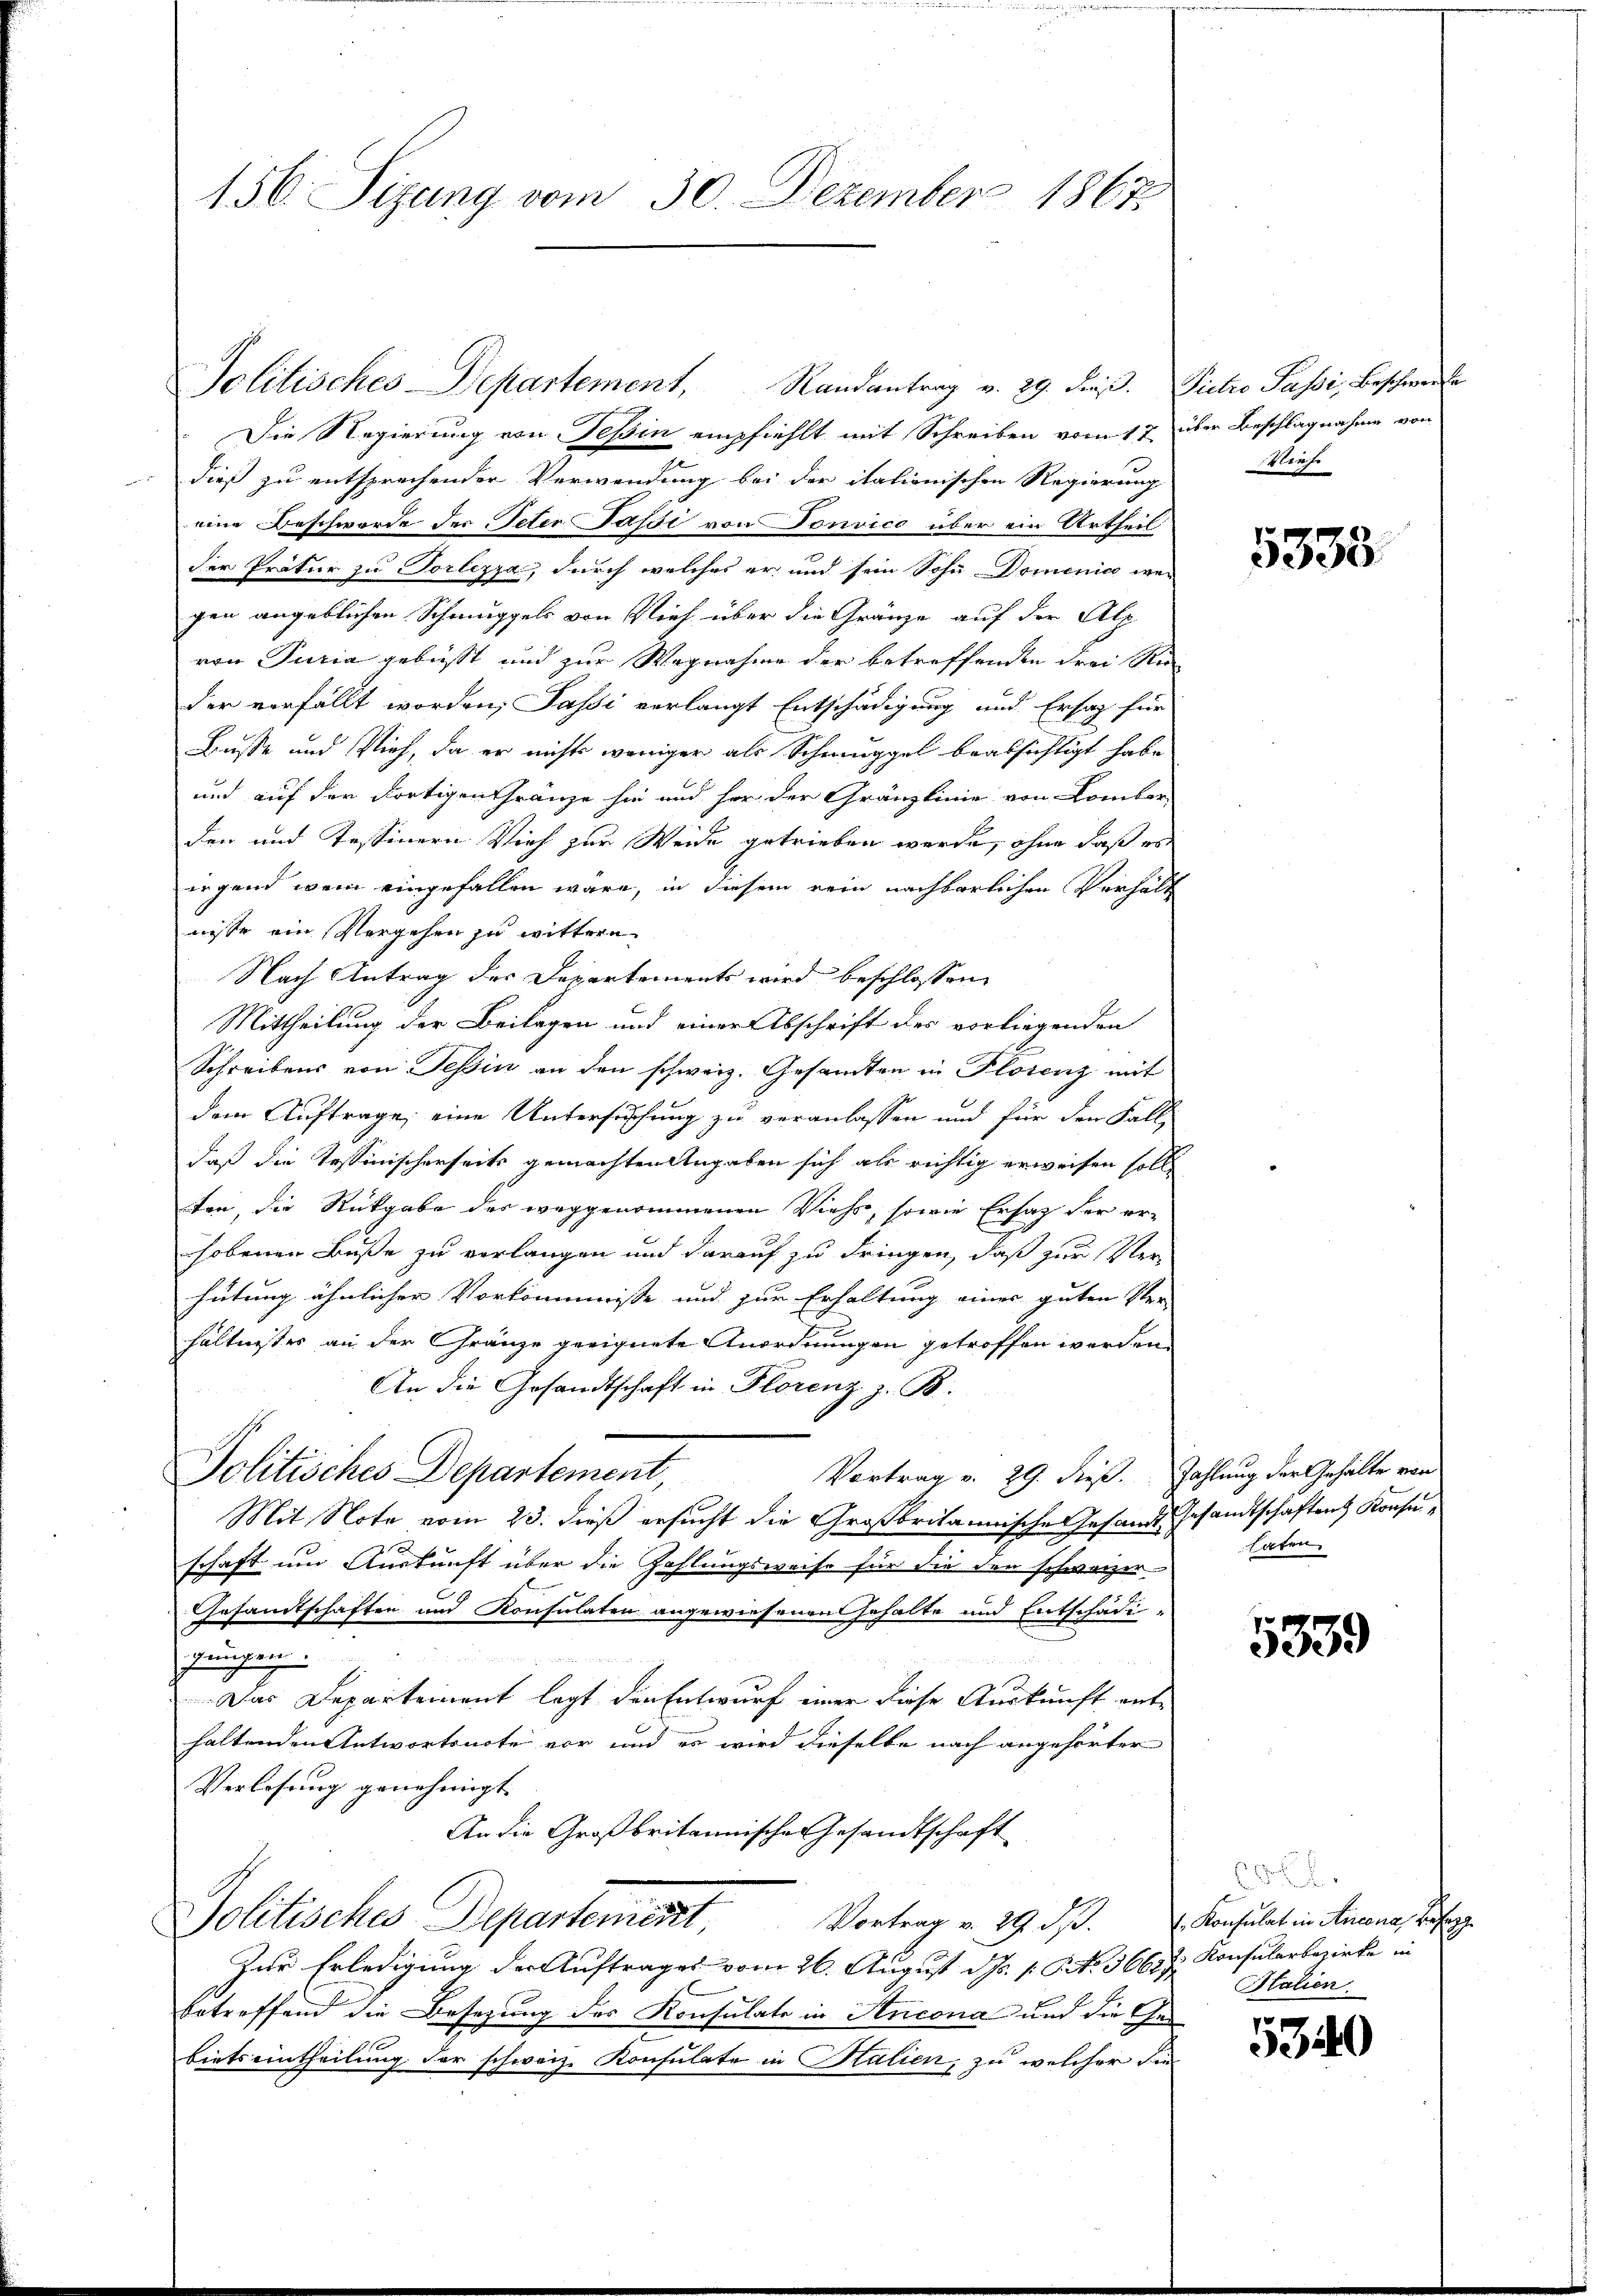
156. Sizung vom 30. Dezember 1867.

Politisches Departement, Randantrag v. 29. dieβ. Pietro Passi, Beschwerfe
Die Regierung von Teßin empfiehlt mit Schreiben vom 17. über Beschlagnahme von
dieß zu entsprechender Verwendung bei der italionischen Regierung
eine Beschwerde des Peter Passi von Donvico über ein Urtheil
der Prätur zu Vorlezza, durch welches er und sein Sohn Domenico wegen angeblichen Schnuppels von Vieh über die Gränze auf der Alp
von Turia gebüsst und zur Wegnahme der betreffenden drei Ri
der verfällt worden, Passi verlangt Entschädigung und Ersatz für
Busse und Plieh, da er nichts weniger als Schmuggel beabsichtigt habe
und auf der dortigen Thränze sie und her der Gränzlinie von Comber
den und Tessinern Vieh zur Weide getrieben werde, ohne daß es
irgend wenn eingefallen wäre, in diesem rein nachbarlichen Verhält
nisse ein Vergehen zu wittern.
Nach Antrag der Departements wird beschlossen,
Mittheilung der Beilagen und einer Abschrift des vorliegenden
Schreibens von Tessin an den schweiz. Gesandten in Florenz mit
dem Auftrage, eine Untersuchung zu veranlassen und für den Fall,
daß die Tessinischerseits gemachten Angaben sich als richtig erweisen soll
ten, die Rückgabe der weggenommenen Viehs, sowie Ersatz der er-
hobenen Buße zu verlangen und darauf zu dringen, daß zur Verhütung ähnlicher Vorkommnisse und zur Erhaltung einer guten Ver-
hältnisses an der Gränze geeignete Anordnungen getroffen werden.
An die Gesandtschaft in Florenz z. B.
Politisches Departement,
Vortrag v. 29. dieß. Zahlung der Gehalte von
Mit Note vom 23. dieß ersucht die Großbritannisches Gesande Gesandtschaften Konsuschaft um Auskunft über die Zahlungsweise für die den schweizer¬
Gesandtschaften und Konsulaten angewiesenen Gehalte und Entschädi
gängen.
Das Departement legt den Entwurf einer diese Auskunft ent-
haltenden Antwortsnote vor und es wird dieselbe nach angehörter
Verlesung genehmigt.
An die Großbritannischen Gesandtschaft
Politisches Departement. Vortrag v. 29. ds. Konsulat in Berne, das
Zur Erledigung der Auftrages vom 26. August d. 1. No. 3665 J. Konsularbezirke in
betreffend die Besezung des Konsulate in Ancona und die Gebiets eintheilung der schweiz. Konsulate in Halien, zu welcher die

Siehe

5338.

haten.

5339

Italien

5340